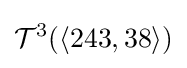
{\mathcal {T}}^{3}(\langle 243,38\rangle )